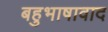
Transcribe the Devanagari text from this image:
बहुभाषावाद